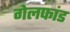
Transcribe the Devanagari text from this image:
गेलफांड